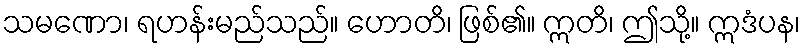
သမဏော၊ ရဟန်းမည်သည်။ ဟောတိ၊ ဖြစ်၏။ ဣတိ၊ ဤသို့။ ဣဒံပန၊